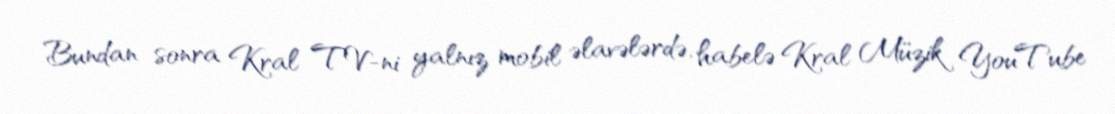
Bundan sonra Kral TV-ni yalnız mobil əlavələrdə, habelə Kral Müzik YouTube